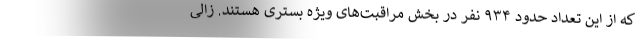
که از این تعداد حدود ۹۳۴ نفر در بخش مراقبت‌های ویژه بستری هستند. زالی